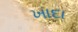
ખાદા